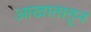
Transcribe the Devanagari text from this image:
आखातातून